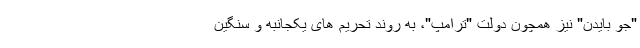
"جو بایدن" نیز همچون دولت "ترامپ"، به روند تحریم های یکجانبه و سنگین